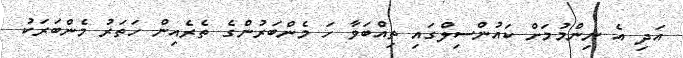
އަދި އެ ނިންމުމަށް ކައުންސިލްގައި ތިއްބަވާ ހަ މެންބަރުންގެ ތެރެއިން ހަތަރު މެންބަރަކު